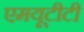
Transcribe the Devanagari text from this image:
एमयूटीटी